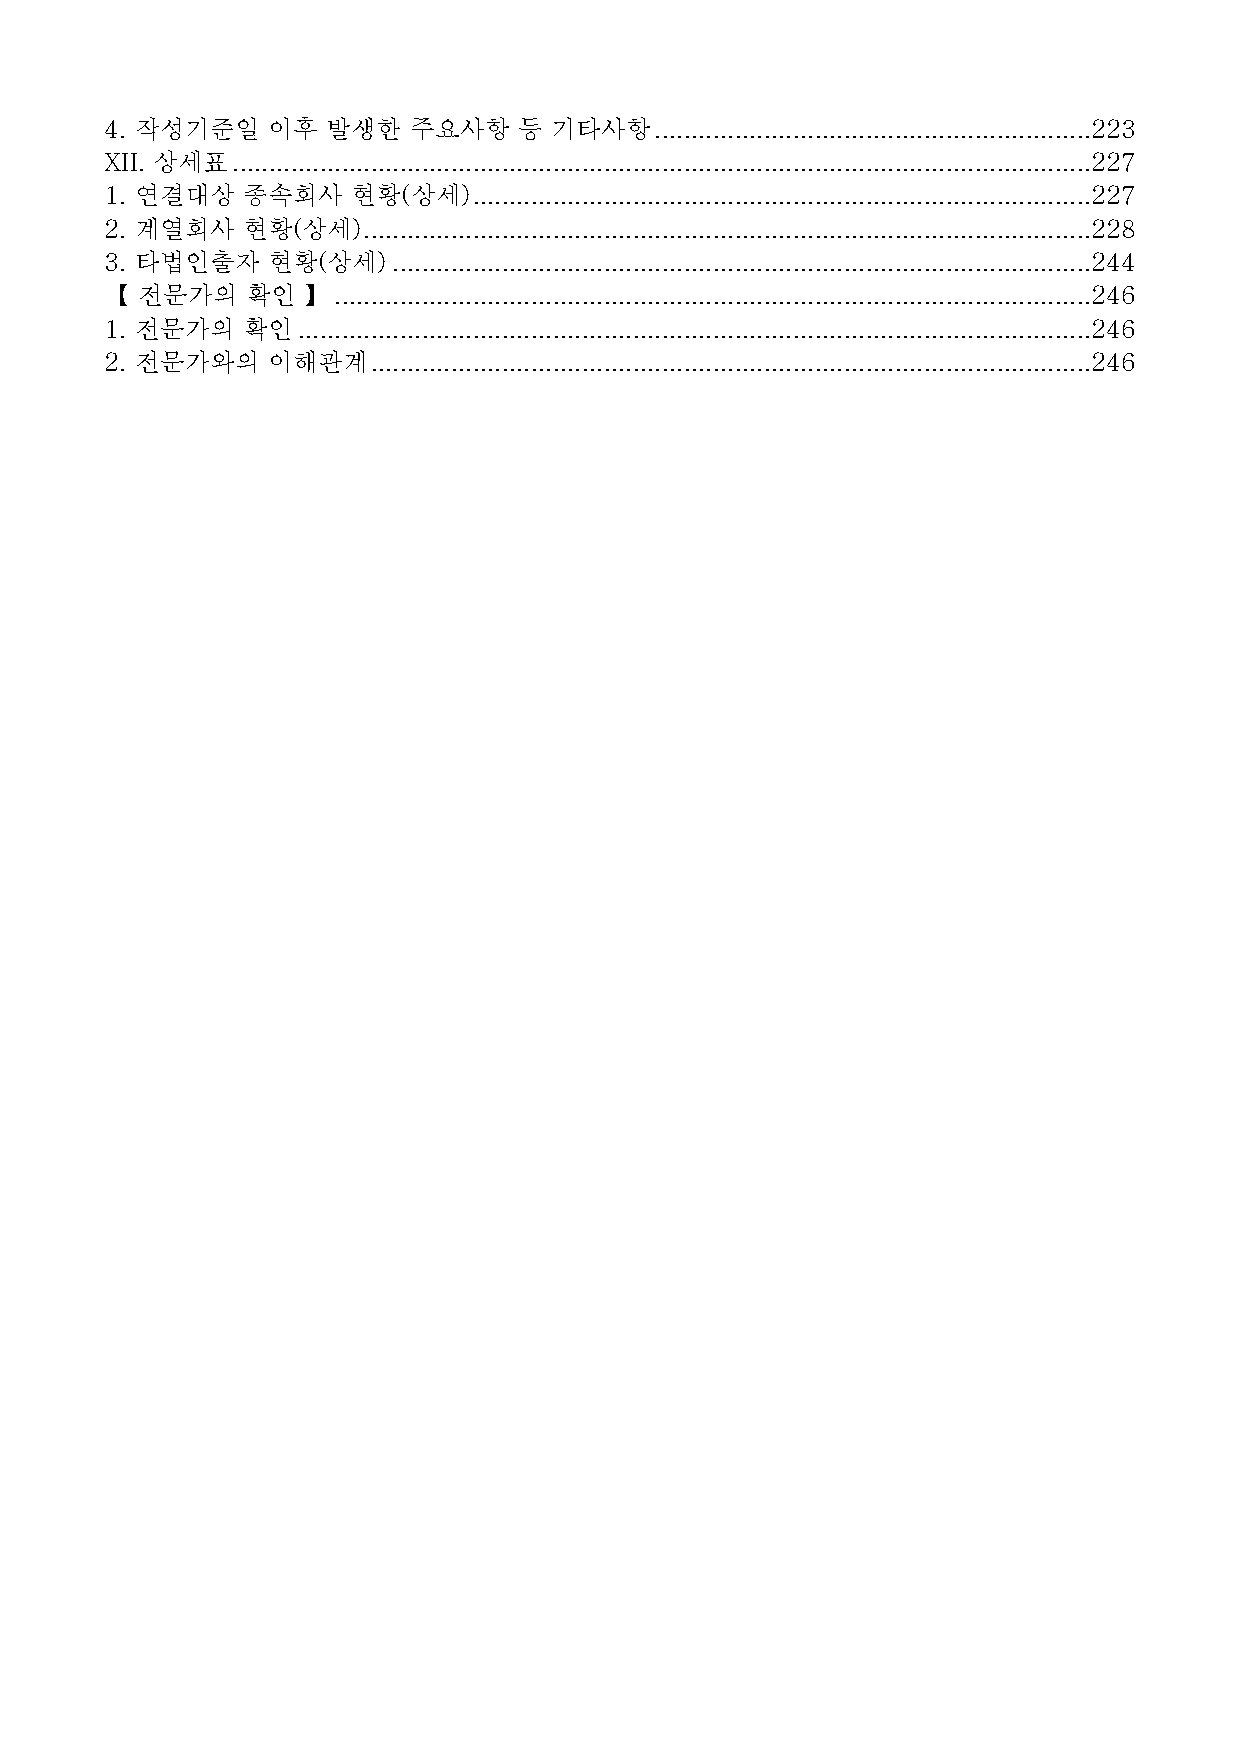
4. 작성기준일   이후  발생한  주요사항   등 기타사항............................................................223
 XII. 상세표......................................................................................................................227
 1. 연결대상  종속회사   현황(상세).....................................................................................227
 2. 계열회사  현황(상세)....................................................................................................228
 3. 타법인출자   현황(상세)................................................................................................244
 【 전문가의   확인  】........................................................................................................246
 1. 전문가의  확인.............................................................................................................246
 2. 전문가와의   이해관계...................................................................................................246